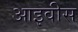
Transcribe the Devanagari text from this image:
आइवीस